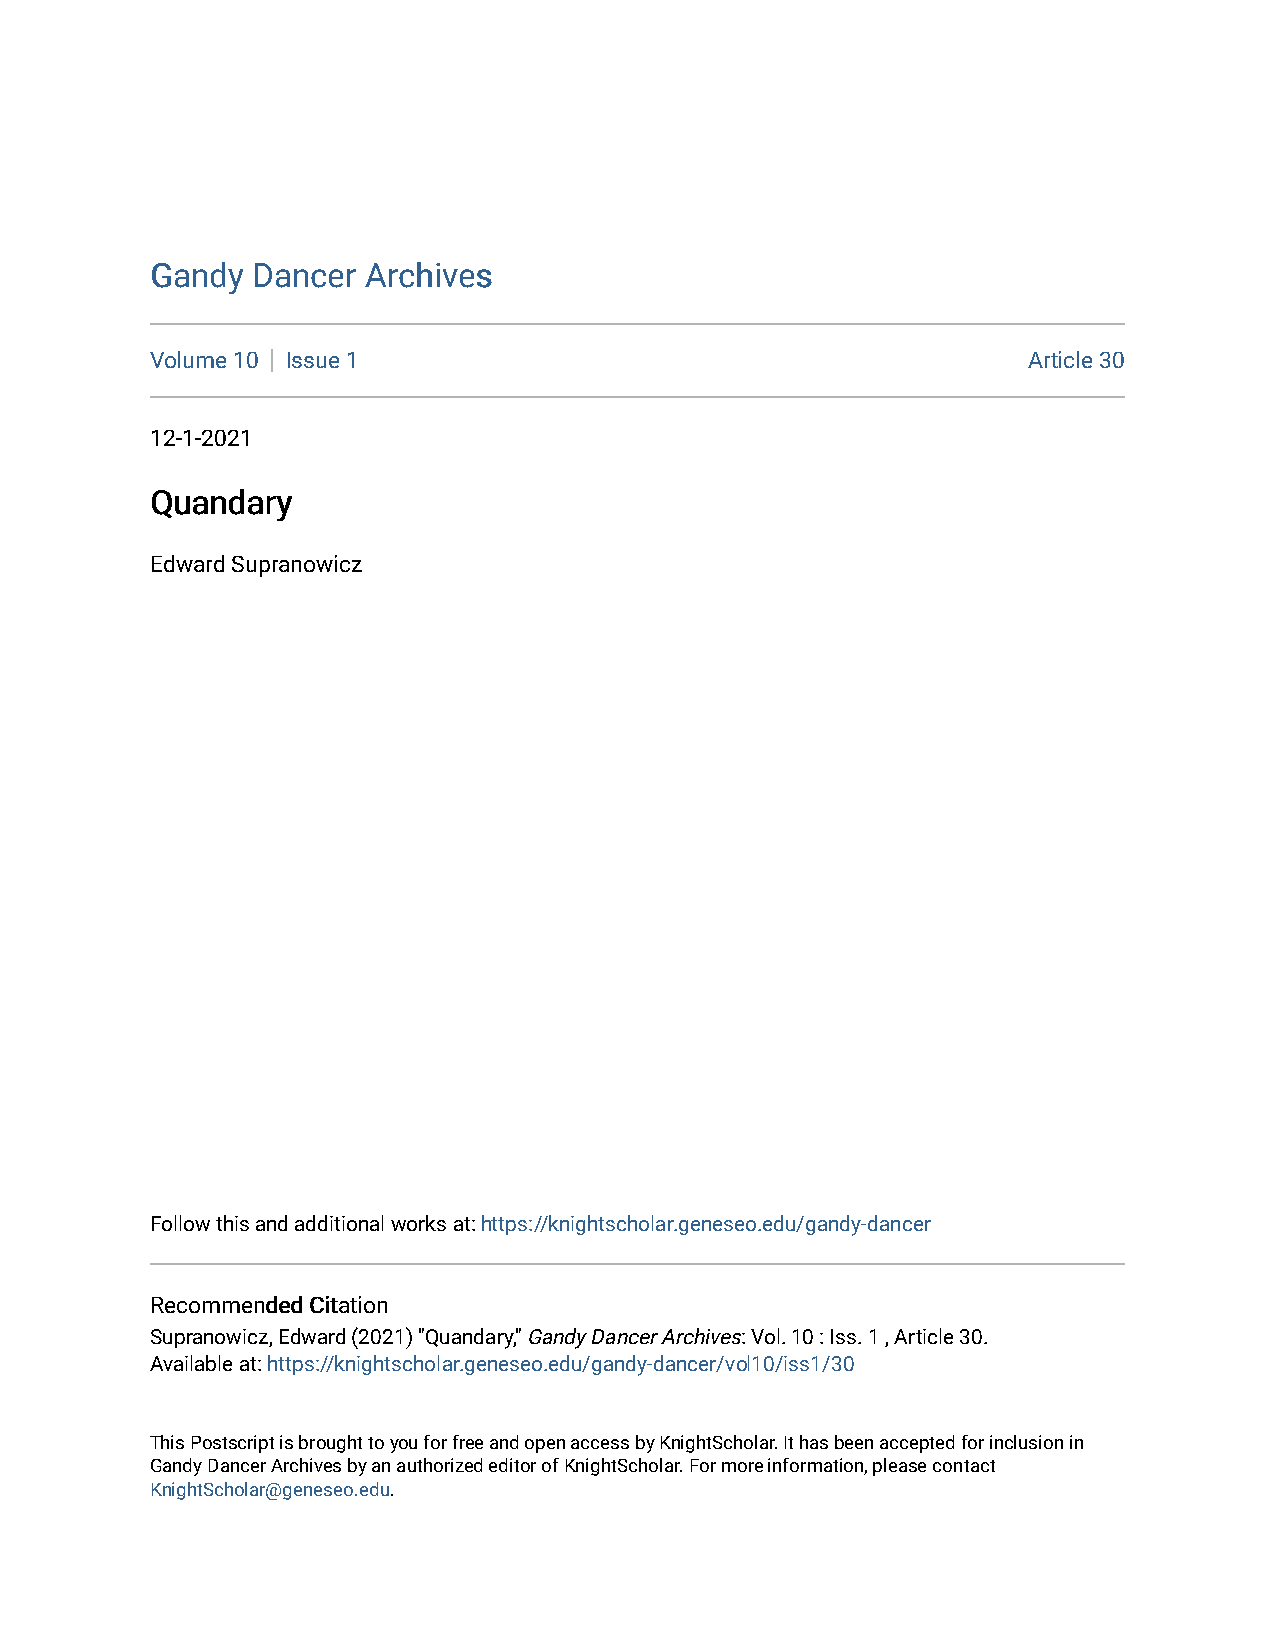
GGaannddyy DDaanncceerr AArrcchhiivveess
 Volume 10 Issue 1                                         Article 30
 12-1-2021
 QQuuaannddaarryy
 Edward Supranowicz
 Follow this and additional works at: https://knightscholar.geneseo.edu/gandy-dancer
 RReeccoommmmeennddeedd CCiittaattiioonn
 Supranowicz, Edward (2021) "Quandary," Gandy Dancer Archives: Vol. 10 : Iss. 1 , Article 30.
 Available at: https://knightscholar.geneseo.edu/gandy-dancer/vol10/iss1/30
 This Postscript is brought to you for free and open access by KnightScholar. It has been accepted for inclusion in
 Gandy Dancer Archives by an authorized editor of KnightScholar. For more information, please contact
 KnightScholar@geneseo.edu.